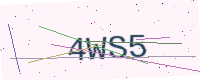
Text: 4WS5